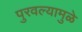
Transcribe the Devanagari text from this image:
पुरवल्यामुळे